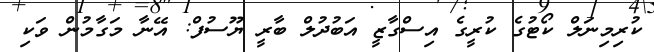
ކުރިމިނަލް ކޯޓުގެ ކުރީގެ އިސްގާޒީ އަބުދުލް ބާރީ ޔޫސުފް: އޭނާ މަގާމުން ވަކި